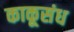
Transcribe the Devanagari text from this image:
काकूसंध